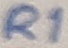
Text: R1